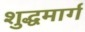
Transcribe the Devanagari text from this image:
शुद्धमार्ग